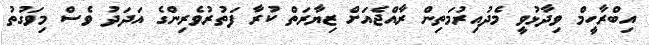
އިބްރާހީމް ވިދާޅުވީ މެދުއިރުމަތިން ރާއްޖެއަށް ޒިޔާރަތް ކުރާ ފަތުރުވެރިންގެ އަދަދު ވެސް މިވަގުތު